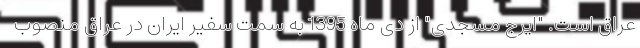
عراق است. "ایرج مسجدی" از دی ماه 1395 به سمت سفیر ایران در عراق منصوب